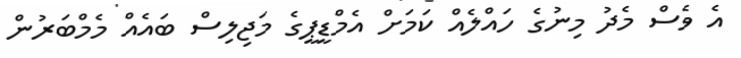
އެ ވެސް މެދު މިނުގެ ހައްލެއް ކަމަށް އެމްޑީޕީގެ މަޖިލިސް ބައެއް މެމްބަރުން